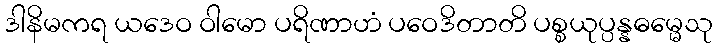
ဒါနိမကရ ယဒေဝ ဝါမော ပရိဏာဟံ ပဝေဒိတာတိ ပစ္စယုပ္ပန္နဓမ္မေသု